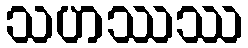
သဟဿဿ